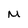
Character: m